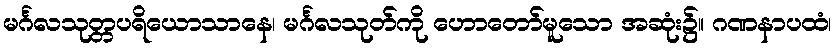
မင်္ဂလသုတ္တပရိယောသာနေ၊ မင်္ဂလသုတ်ကို ဟောတော်မူသော အဆုံး၌။ ဂဏနာပထံ၊